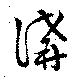
講